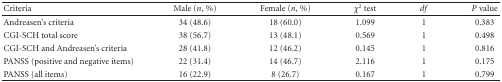
<table><thead><tr><td><b> Criteria</b></td><td><b>Male (<i>n</i>, %)</b></td><td><b>Female (<i>n</i>, %)</b></td><td><b><i>χ</i><sup>2</sup> test</b></td><td><b><i>df</i></b></td><td><b><i>P</i> value</b></td></tr></thead><tbody><tr><td>Andreasen&#x27;s criteria</td><td>34 (48.6)</td><td>18 (60.0)</td><td>1.099</td><td>1</td><td>0.383</td></tr><tr><td>CGI-SCH total score</td><td>38 (56.7)</td><td>13 (48.1)</td><td>0.569</td><td>1</td><td>0.498</td></tr><tr><td>CGI-SCH and Andreasen&#x27;s criteria</td><td>28 (41.8)</td><td>12 (46.2)</td><td>0.145</td><td>1</td><td>0.816</td></tr><tr><td>PANSS (positive and negative items)</td><td>22 (31.4)</td><td>14 (46.7)</td><td>2.116</td><td>1</td><td>0.175</td></tr><tr><td>PANSS (all items)</td><td>16 (22.9)</td><td>8 (26.7)</td><td>0.167</td><td>1</td><td>0.799</td></tr></tbody></table>